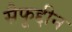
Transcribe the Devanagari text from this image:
सैफूद्दीन